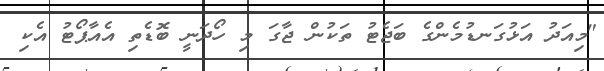
"މިއަދު އަޅުގަނޑުމެންގެ ބަޖެޓު ތަކުން ޖާގަ މި ހޯދަނީ ބޮޑެތި އެއާޕޯޓު އެކި